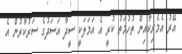
އޭރު އެމެރިކާއިން ތުހުމަތު ކުރީ އެ އަމަލަކީ ސީދާ އަސަދުގެ ސަރުކާރުން އެ